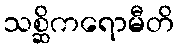
သစ္ဆိကရောမီတိ